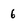
Character: 6